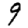
Digit: 9